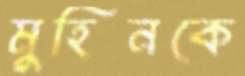
মুহিনকে